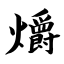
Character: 爝